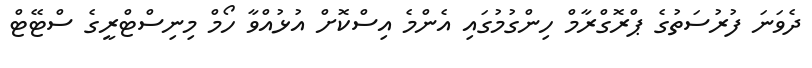
ދެވަނަ ފުރުސަތުގެ ޕްރޮގްރާމް ހިންގުމުގައި އެންމެ އިސްކޮށް އުޅުއްވާ ހޯމް މިނިސްޓްރީގެ ސްޓޭޓް